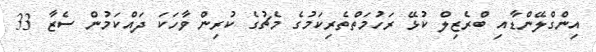
އިންގްލޭންޑާއި ބްރެޒިލް ކުޅޭ ރަހުމަތްތެރިކަމުގެ މެޗުގެ ކުރިން ވާހަކަ ދައްކަމުން ސެޒާ 33